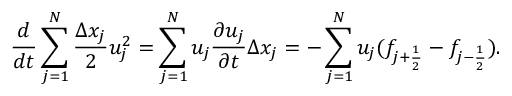
\frac { d } { d t } \sum _ { j = 1 } ^ { N } \frac { \Delta x _ { j } } { 2 } u _ { j } ^ { 2 } = \sum _ { j = 1 } ^ { N } u _ { j } \frac { \partial u _ { j } } { \partial t } \Delta x _ { j } = - \sum _ { j = 1 } ^ { N } u _ { j } ( f _ { j + \frac { 1 } { 2 } } - f _ { j - \frac { 1 } { 2 } } ) .